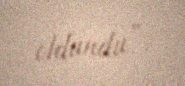
oldundu”.